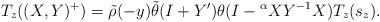
LaTeX: \begin{align*}T_z((X,Y)^+)=\tilde{\rho}(-y)\tilde{\theta}(I+Y')\theta(I-{}^\alpha XY^{-1} X) T_z(s_z).\end{align*}